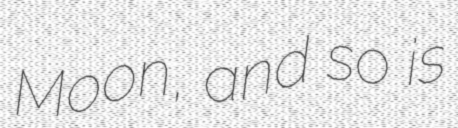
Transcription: Moon, and so is